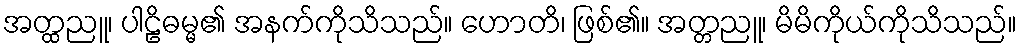
အတ္ထညူ၊ ပါဠိဓမ္မ၏ အနက်ကိုသိသည်။ ဟောတိ၊ ဖြစ်၏။ အတ္တညူ၊ မိမိကိုယ်ကိုသိသည်။